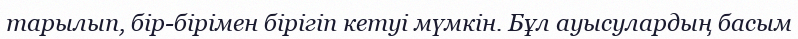
тарылып, бір-бірімен бірігіп кетуі мүмкін. Бұл ауысулардың басым